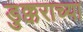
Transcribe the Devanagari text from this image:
डुक्कराच्या